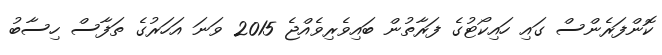
ކޮންފަރެންސް ގައި ހައިކޯޓުގެ ފަރާތުން ބައިވެރިވެއްޖެ 2015 ވަނަ އަހަރުގެ ތަފާސް ހިސާބު